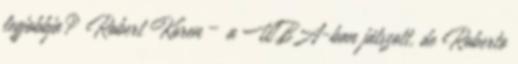
legjobbja? Robert Koren – a WBA-ban játszott, de Roberto